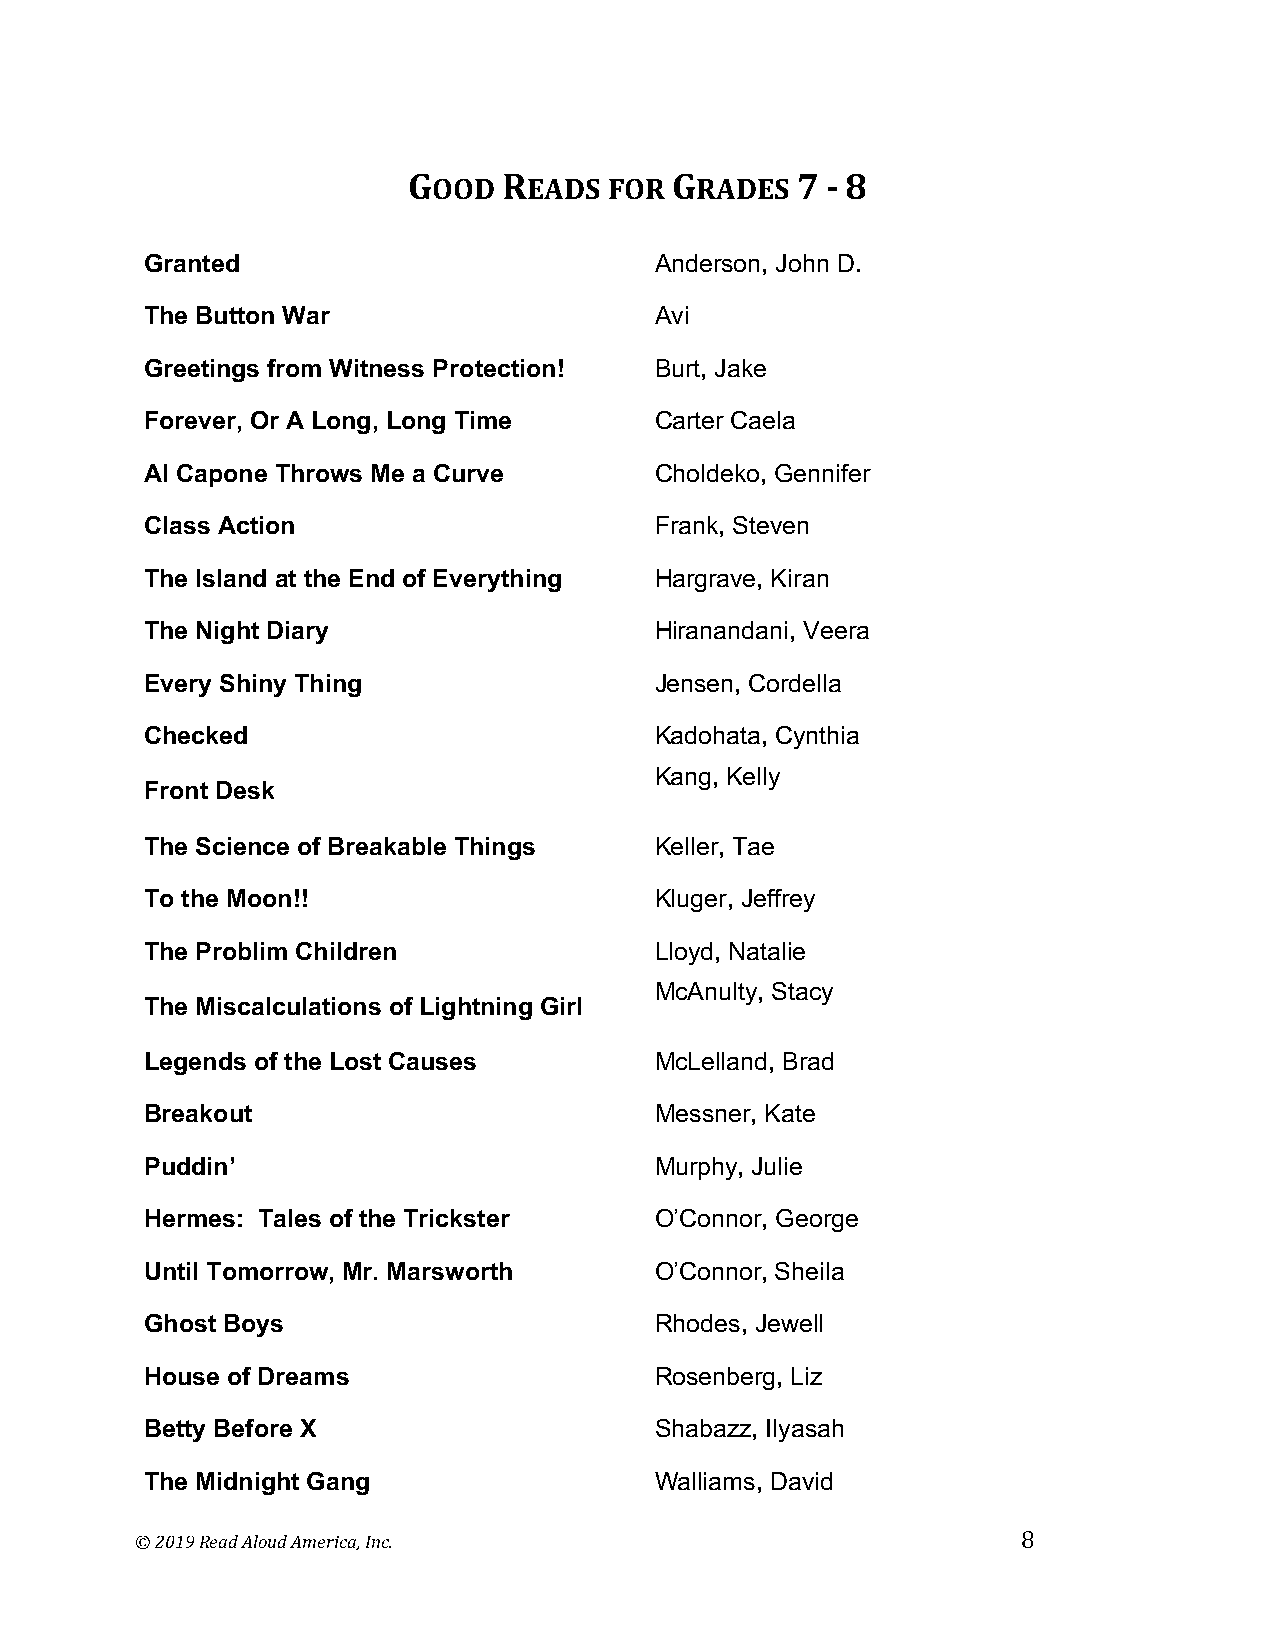
GOOD  READS  FOR GRADES   7 - 8
 Granted                          Anderson, John D.
 The Button War                   Avi
 Greetings from Witness Protection! Burt, Jake
 Forever, Or A Long, Long Time    Carter Caela
 Al Capone Throws Me a Curve      Choldeko, Gennifer
 Class Action                     Frank, Steven
 The Island at the End of Everything Hargrave, Kiran
 The Night Diary                  Hiranandani, Veera
 Every Shiny Thing                Jensen, Cordella
 Checked                          Kadohata, Cynthia
 Kang, Kelly
 Front Desk
 The Science of Breakable Things  Keller, Tae
 To the Moon!!                    Kluger, Jeffrey
 The Problim Children             Lloyd, Natalie
 McAnulty, Stacy
 The Miscalculations of Lightning Girl
 Legends of the Lost Causes       McLelland, Brad
 Breakout                         Messner, Kate
 Puddin’                          Murphy, Julie
 Hermes: Tales of the Trickster   O’Connor, George
 Until Tomorrow, Mr. Marsworth    O’Connor, Sheila
 Ghost Boys                       Rhodes, Jewell
 House of Dreams                  Rosenberg, Liz
 Betty Before X                   Shabazz, Ilyasah
 The Midnight Gang                Walliams, David
 © 2019 Read Aloud America, Inc.                            8